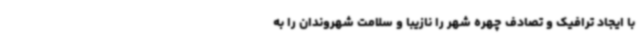
با ایجاد ترافیک و تصادف چهره شهر را نازیبا و سلامت شهروندان را به